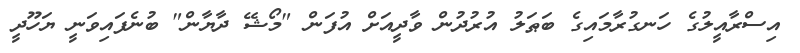
އިސްރާއީލުގެ ހަނގުރާމައިގެ ބަޠަލު އުރުދުން ވާދީއަށް އުފަން "މޯޝޭ ދާޔާން" ބުނެފައިވަނީ ޔަހޫދީ